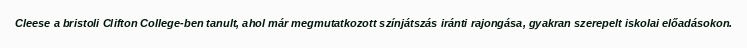
Cleese a bristoli Clifton College-ben tanult, ahol már megmutatkozott színjátszás iránti rajongása, gyakran szerepelt iskolai előadásokon.